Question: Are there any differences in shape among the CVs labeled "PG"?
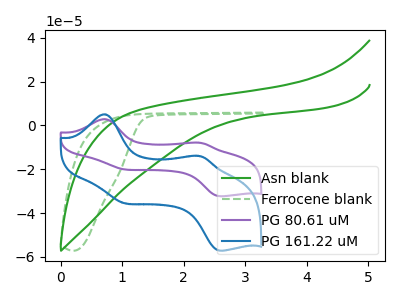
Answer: <think>The green curve "Asn blank" has no peaks. The green dashed curve "Ferrocene blank" has no peaks. The purple curve "PG 80.61 uM" has anodic peaks at (0.70V, 2.90uA) (2.20V, -7.80uA) and cathodic peaks at (1.00V, -19.85uA) (2.60V, -32.30uA). The blue curve "PG 161.22 uM" has anodic peaks at (0.70V, 5.10uA) (2.20V, -13.85uA) and cathodic peaks at (1.00V, -35.10uA) (2.60V, -57.10uA).
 Neither "Asn blank" or "Ferrocene blank" have any peaks. "Asn blank" and "PG 80.61 uM" have a different number of peaks. "Asn blank" and "PG 161.22 uM" have a different number of peaks. "Ferrocene blank" and "PG 80.61 uM" have a different number of peaks. "Ferrocene blank" and "PG 161.22 uM" have a different number of peaks. All the peaks in "PG 80.61 uM" have a peak in "PG 161.22 uM" at the same potential.</think>
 <answer>All the CV's of "PG" have similar shape.</answer>
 <eval>follow_rule</eval>